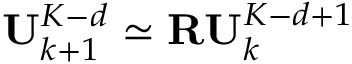
\mathbf { U } _ { k + 1 } ^ { K - d } \simeq \mathbf { R } \mathbf { U } _ { k } ^ { K - d + 1 }